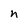
Character: n